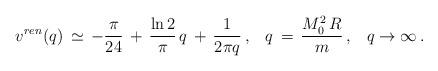
LaTeX: \begin{align*}v^{ren}(q)\,\simeq \,-\frac{\pi}{24}\,+\,\frac{\ln 2}{\pi}\,q\,+\,\frac{1}{2\pi q}\,{,}\quad q\,=\,\frac{M_0^2\,R}{m}\,{,} \quad q\to\infty \,{.}\end{align*}